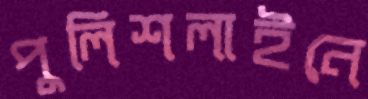
পুলিশলাইনে